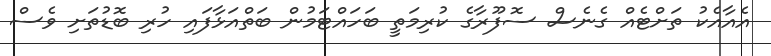
އެއާއެކު ތަށްޓެއް ގެނެސް ސޮފޫރާގެ ކުރިމަތީ ބަހައްޓަމުން ބަތްއަޅާފައި ހުރި ބޮޑުތަށި ވެސް